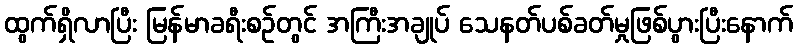
ထွက်ရှိလာပြီး မြန်မာခရီးစဉ်တွင် အကြီးအချုပ် သေနတ်ပစ်ခတ်မှုဖြစ်ပွားပြီးနောက်